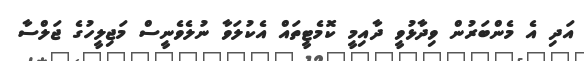
އަދި އެ މެންބަރުން ވިދާޅުވީ ދާއިމީ ކޮމެޓީތައް އެކުލަވާ ނުލެވެނީސް މަޖިލީހުގެ ޖަލްސާ